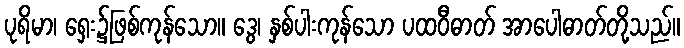
ပုရိမာ၊ ရှေး၌ဖြစ်ကုန်သော။ ဒွေ၊ နှစ်ပါးကုန်သော ပထဝီဓာတ် အာပေါဓာတ်တို့သည်။